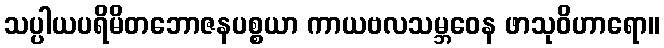
သပ္ပါယပရိမိတဘောဇနပစ္စယာ ကာယဗလသမ္ဘဝေန ဖာသုဝိဟာရော။